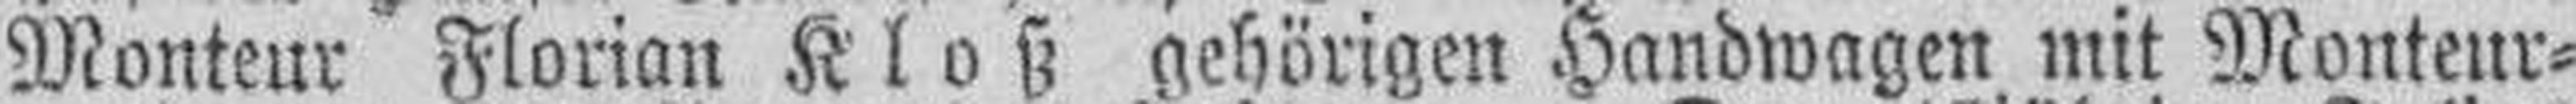
Monteur Florian Kloß gehörigen Handwagen mit Monteur¬